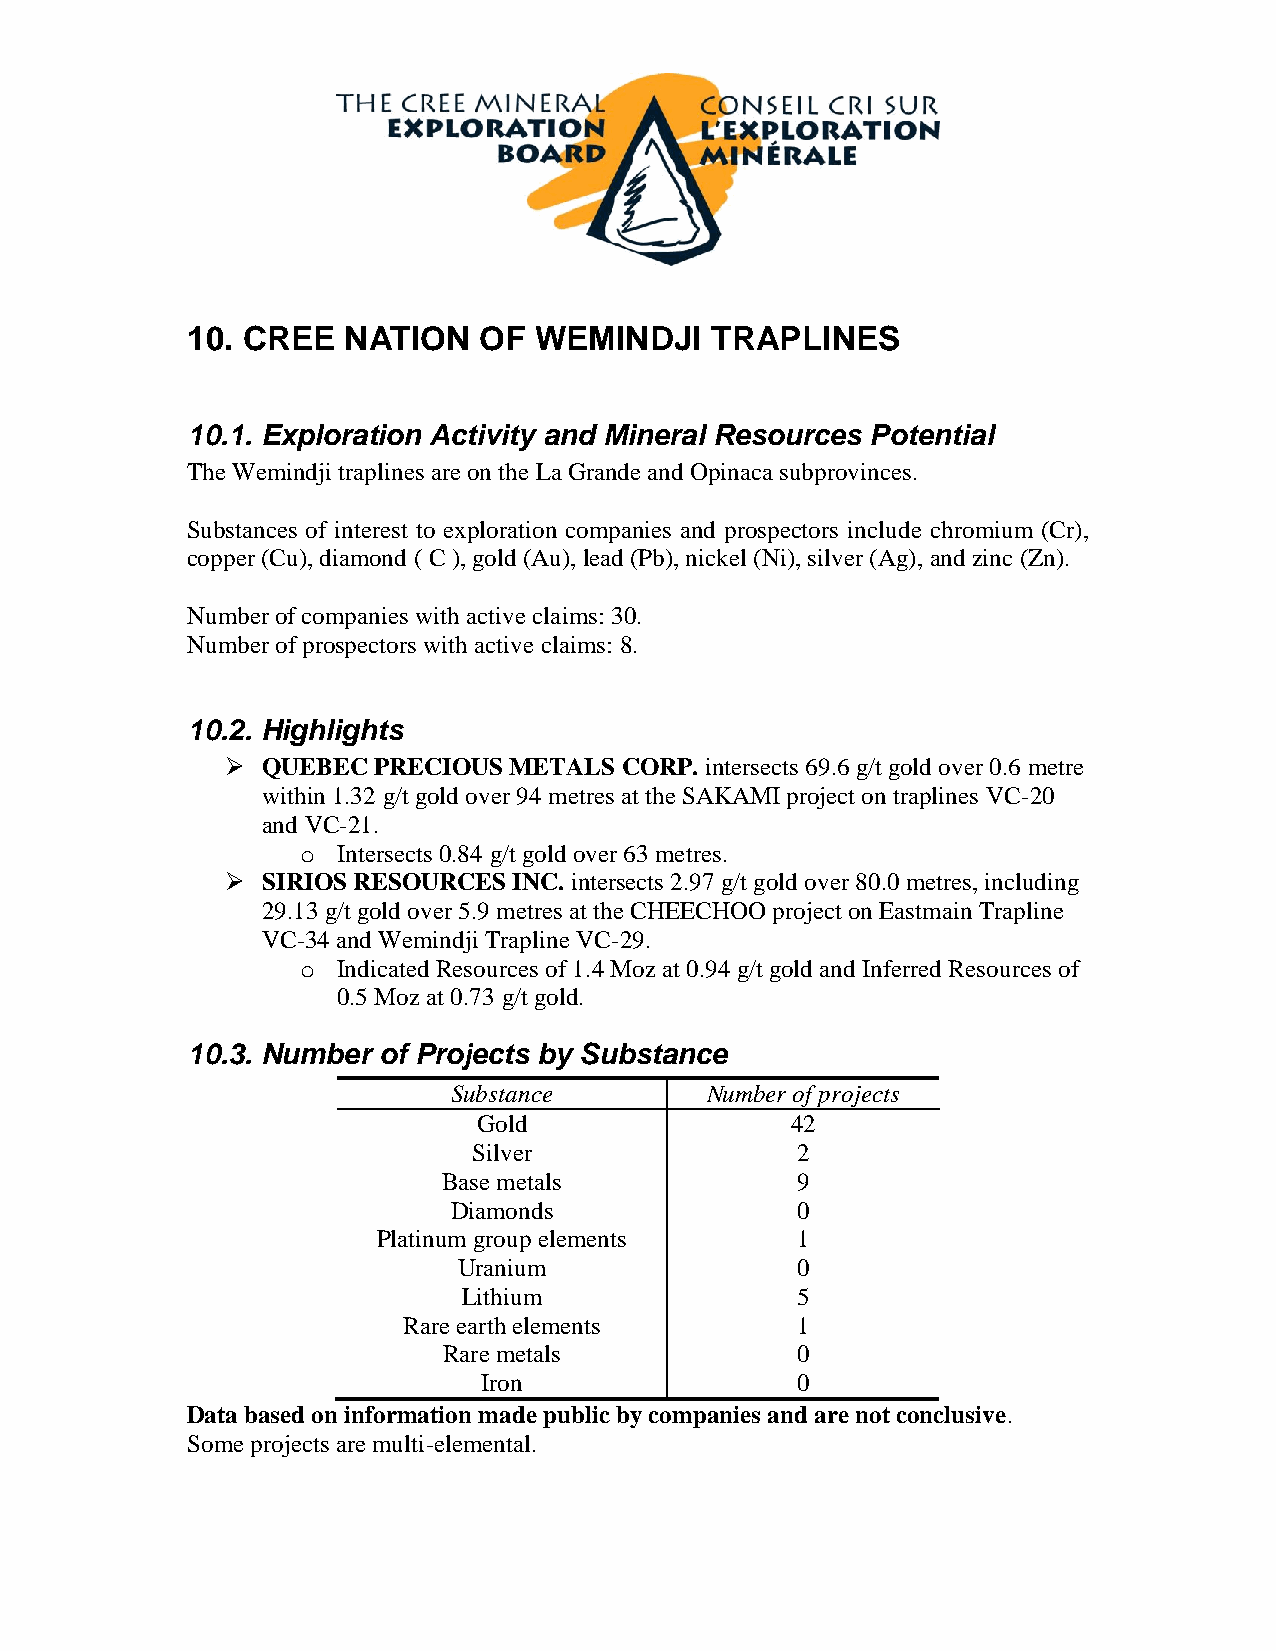
10. CREE   NATION   OF WEMINDJI    TRAPLINES
 10.1. Exploration Activity and Mineral Resources Potential
 The Wemindji traplines are on the La Grande and Opinaca subprovinces.
 Substances of interest to exploration companies and prospectors include chromium (Cr),
 copper (Cu), diamond ( C ), gold (Au), lead (Pb), nickel (Ni), silver (Ag), and zinc (Zn).
 Number of companies with active claims: 30.
 Number of prospectors with active claims: 8.
 10.2. Highlights
  QUEBEC  PRECIOUS METALS CORP. intersects 69.6 g/t gold over 0.6 metre
 within 1.32 g/t gold over 94 metres at the SAKAMI project on traplines VC-20
 and VC-21.
 o Intersects 0.84 g/t gold over 63 metres.
  SIRIOS RESOURCES INC. intersects 2.97 g/t gold over 80.0 metres, including
 29.13 g/t gold over 5.9 metres at the CHEECHOO project on Eastmain Trapline
 VC-34 and Wemindji Trapline VC-29.
 o Indicated Resources of 1.4 Moz at 0.94 g/t gold and Inferred Resources of
 0.5 Moz at 0.73 g/t gold.
 10.3. Number of Projects by Substance
 Substance        Number of projects
 Gold                42
 Silver                2
 Base metals             9
 Diamonds               0
 Platinum group elements     1
 Uranium                0
 Lithium               5
 Rare earth elements       1
 Rare metals             0
 Iron                 0
 Data based on information made public by companies and are not conclusive.
 Some projects are multi-elemental.